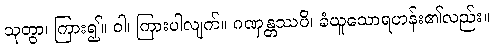
သုတွာ၊ ကြား၍။ ဝါ၊ ကြားပါလျက်။ ဂဏှန္တဿပိ၊ ခံယူသောရဟန်း၏လည်း။